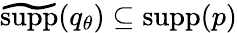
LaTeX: \widetilde{\textrm{supp}}({q}_{\theta})\subseteq\textrm{supp}(p)